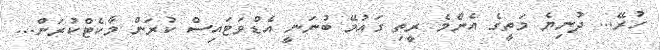
ހުރޭ... ދުނިޔެ މަތީގެ އެންމެ ރީތި ގައުމޭ ބުނަނީ އެޑްވަޓައިސް ކުރަން މާކެޓްކުރަން...